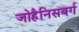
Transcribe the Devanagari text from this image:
जोहैनिसबर्ग